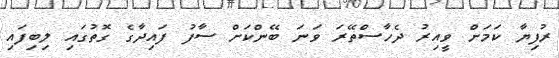
ރުފިޔާ ކަމަށް ވީއިރު ދެހާސްތޭރަ ވަަނަ ބޭންކަށް ސާފު ފައިދާގެ ގޮތުގައި ލިބިފައި